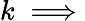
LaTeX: k\implies